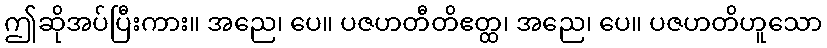
ဤဆိုအပ်ပြီးကား။ အညေ၊ ပေ။ ပဇဟတီတိဧတ္ထ၊ အညေ၊ ပေ။ ပဇဟတိဟူသော